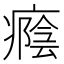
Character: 癊